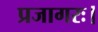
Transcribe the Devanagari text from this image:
प्रजागरः।